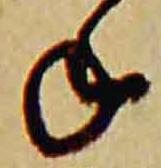
年